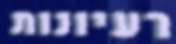
רעיונות